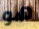
هو